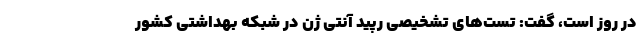
در روز است، گفت: تست‌های تشخیصی رپید آنتی ژن در شبکه بهداشتی کشور